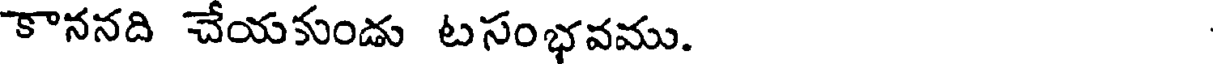
కాననది చేయకుండు టసంభవము.